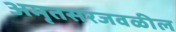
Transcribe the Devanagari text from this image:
अमृतसरजवळील